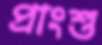
প্রাংশু